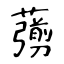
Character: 𦿶